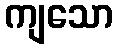
ကျသော